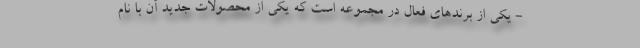
- یکی از برندهای فعال در مجموعه است که یکی از محصولات جدید آن با نام